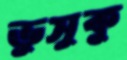
ভুসুকু